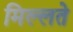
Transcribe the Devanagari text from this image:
मिल्लते